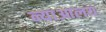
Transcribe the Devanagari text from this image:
न्याआलय